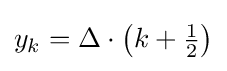
y_{k}=\Delta \cdot \left(k+{\tfrac {1}{2}}\right)